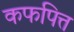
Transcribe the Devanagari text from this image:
कफपित्त